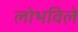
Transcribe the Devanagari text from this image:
लोभविले